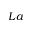
L a